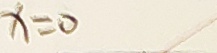
x = 0